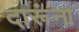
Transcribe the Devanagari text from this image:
दारूंना